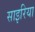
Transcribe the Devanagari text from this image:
साइरिया